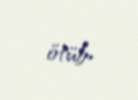
ötüb.